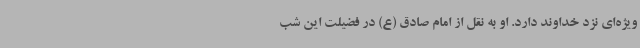
ویژه‌ای نزد خداوند دارد. او به نقل از امام صادق (ع) در فضیلت این شب